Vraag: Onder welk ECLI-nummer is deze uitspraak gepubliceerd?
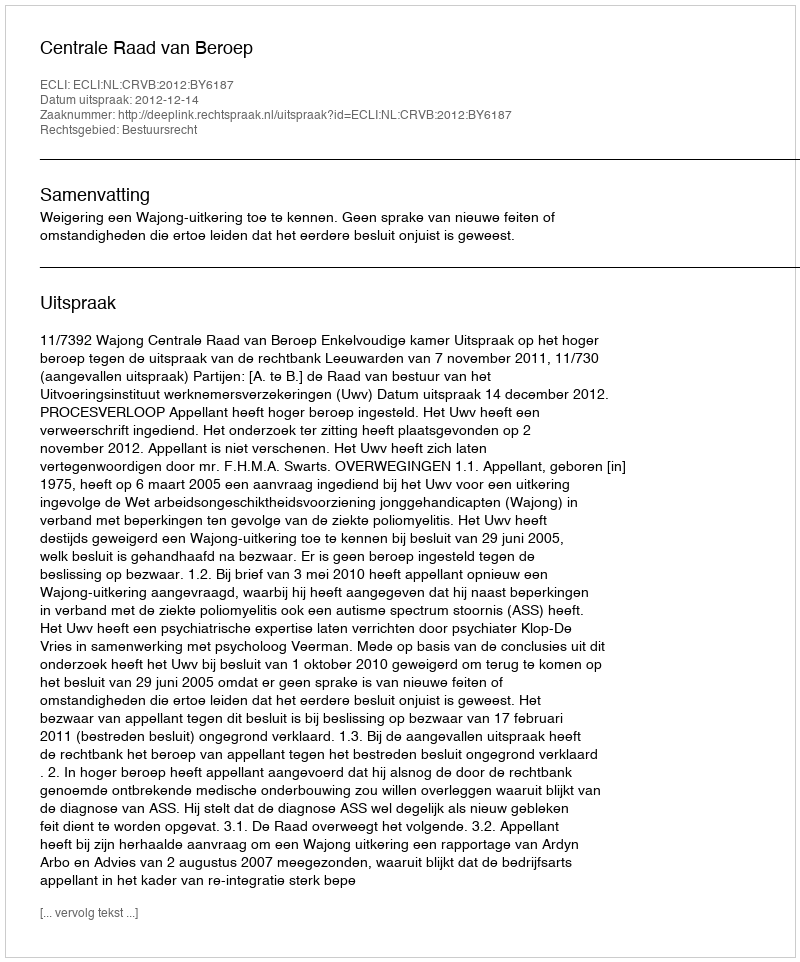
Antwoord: ECLI:NL:CRVB:2012:BY6187